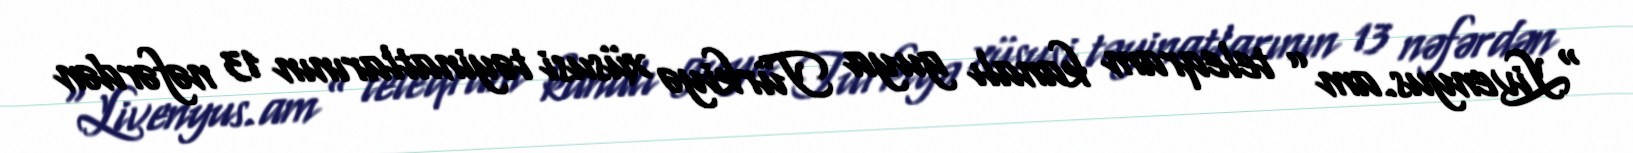
“Livenyus.am” teleqram kanalı guya Türkiyə xüsusi təyinatlarının 13 nəfərdən